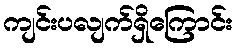
ကျင်းပလျက်ရှိကြောင်း